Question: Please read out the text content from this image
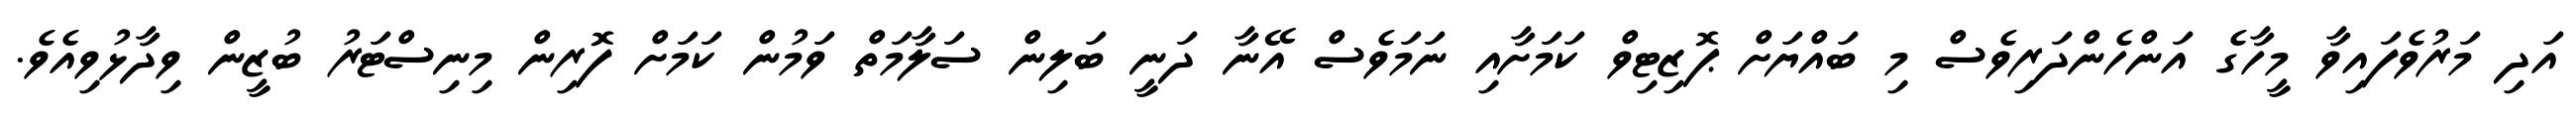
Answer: އަދި މަރުވެފައިވާ މީހާގެ އަންހެންދަރިވެސް މި ބައްޔަށް ޕޮޒިޓިވް ކަމަށާއި ނަމަވެސް އޭނާ ދަނީ ބަލިން ސަލާމަތް ވަމުން ކަމަށް ފޮރިން މިނިސްޓަރު ބުޒީން ވިދާޅުވިއެވެ.